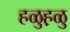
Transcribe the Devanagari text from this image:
हळुह़ळु